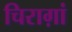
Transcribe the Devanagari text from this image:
चिराग़ां